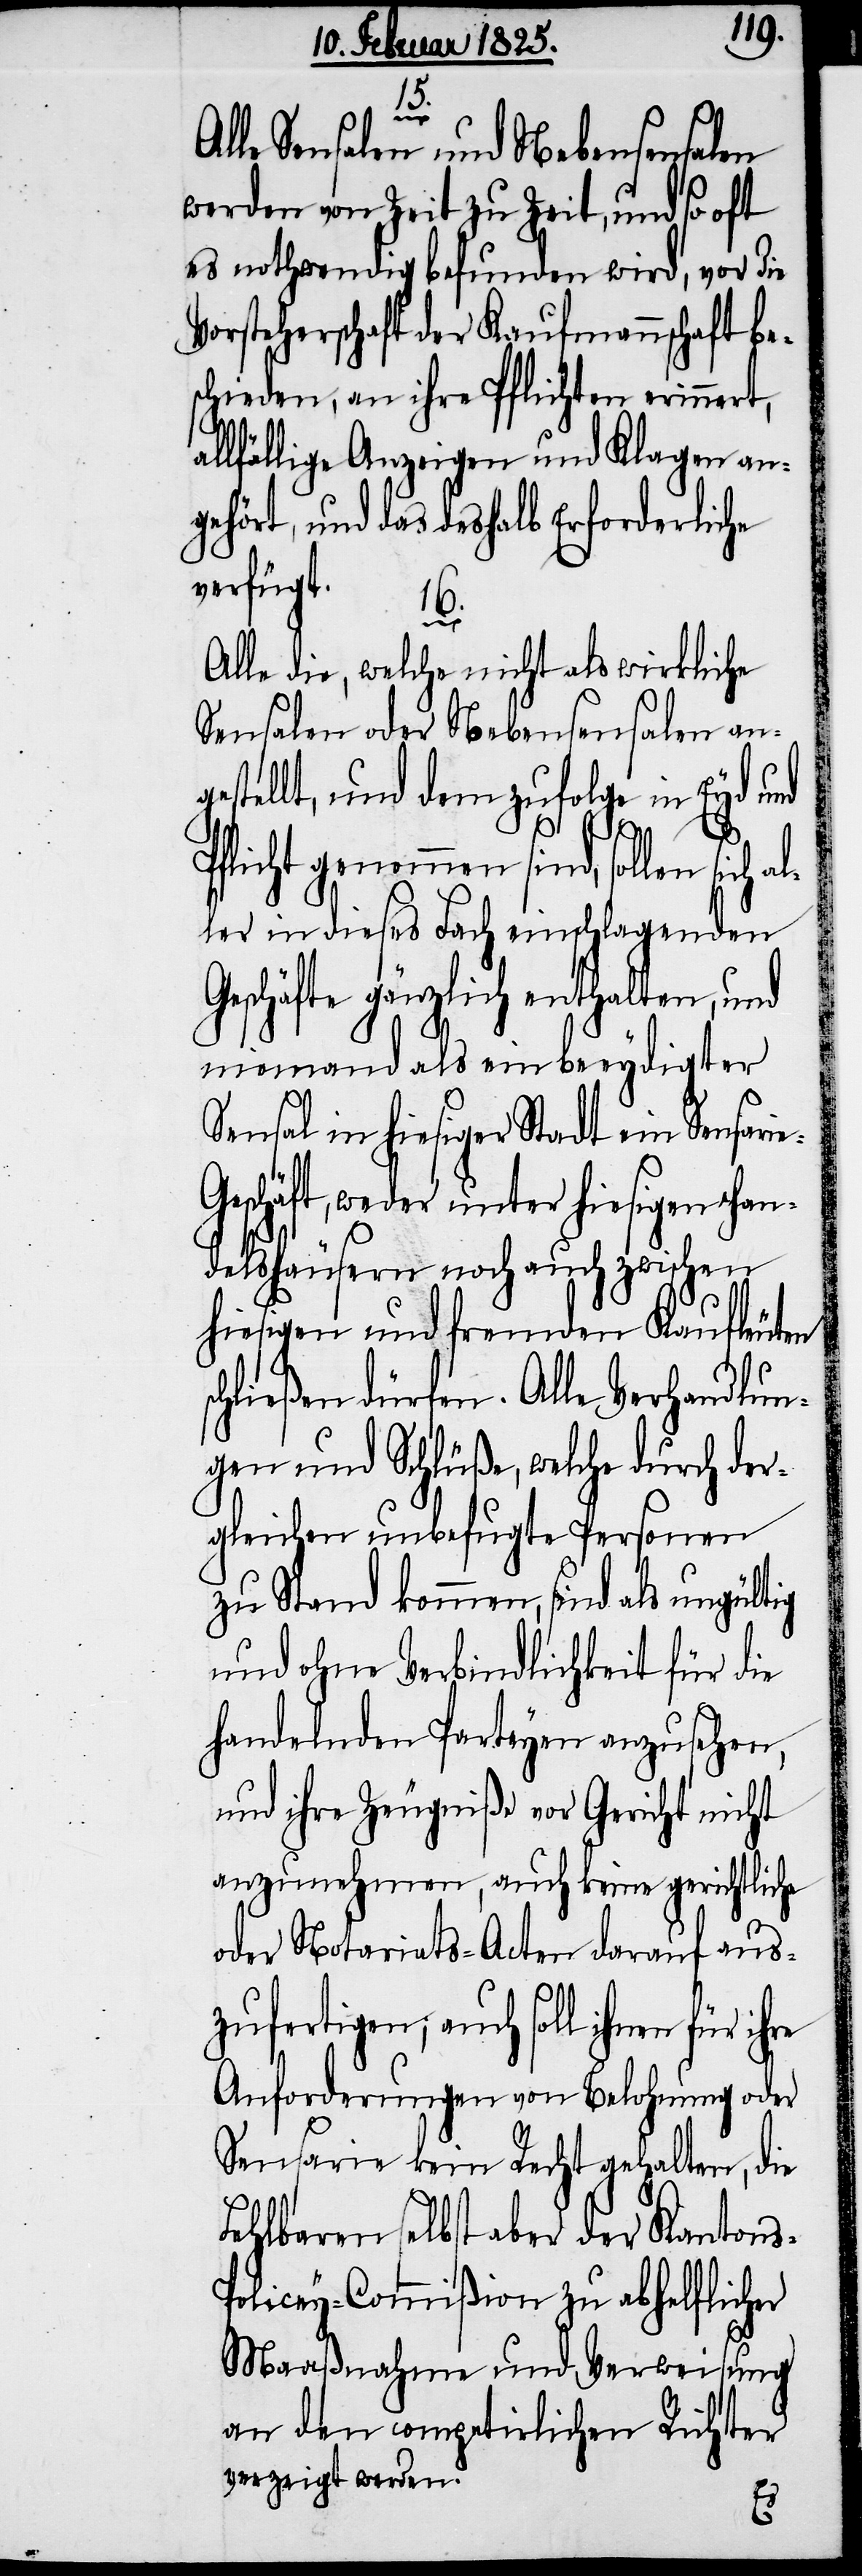
15.
s-P¬
lle Sensalen und Nebensensalen
werden von Zeit zu Zeit, und so oft
es nothwendig befunden wird, vor die
Vorsteherschaft der Kaufmannschaft be¬
schieden, an ihre Pflichten erinnert,
allfällige Anzeigen und Klagen an¬
gehört, und das deshalb Erforderliche
verfügt.
16.
Alle die, welche nicht als wirkliche
Sensalen oder Nebensensalen ang¬
estellt, und dem zufolge in Eyd und
Pflicht genommen sind, sollen sich al¬
ler in dieses Fach einschlagenden
Geschäfte gänzlich enthalten, und
niemand als ein beeydigter
Sensal in hiesiger Stadt ein Sensari¬
eschäft, weder unter hiesigen Han¬
delshäusern noch auch zwischen
hiesigen und fremden Kaufleuten
schließen dürfen. Alle Verhandlun¬
gen und Schlüße, welche durch der¬
gleichen unbefugte Personen
zu Stand kommen, sind als ungültig
und ohne Verbindlichkeit für die
handelnden Parteyen anzusehen,
und ihre Zeugniße vor Gericht nicht
anzunehmen, auch keine gerichtliche
oder Notariats-Acten darauf aus¬
zufertigen; auch soll ihnen für
Anforderungen von Belohnung oder
Sensarie kein Recht gehalten, die
Fehlbaren selbst aber der Kanton¬
olicey-Commißion zu abhelflicher
Maaßnahme und Verweisung
an den competirlichen Richter
verzeigt werden.